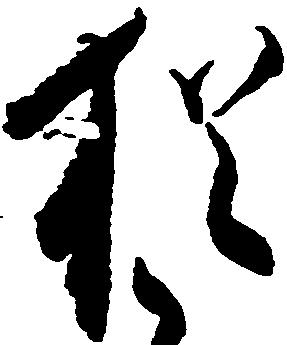
猶